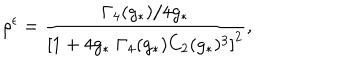
\rho ^ { \epsilon } = \frac { \Gamma _ { 4 } ( g _ { * } ) / 4 g _ { * } } { \left[ 1 + 4 g _ { * } \; \Gamma _ { 4 } ( g _ { * } ) C _ { 2 } ( g _ { * } ) ^ { 3 } \right] ^ { 2 } } ,